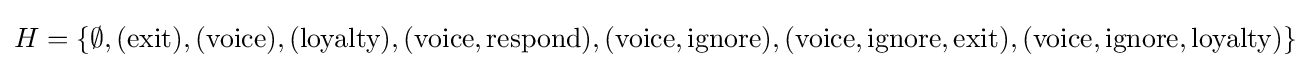
H=\{\emptyset ,({\text{exit}}),({\text{voice}}),({\text{loyalty}}),({\text{voice}},{\text{respond}}),({\text{voice}},{\text{ignore}}),({\text{voice}},{\text{ignore}},{\text{exit}}),({\text{voice}},{\text{ignore}},{\text{loyalty}})\}